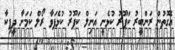
އެގޮތުން ރަންބީރު ކަޕޫރު ކުޅެނީ އަނިލް ކަޕޫރު ކުޅެފަވާ ރޯލް ކަމަށާ ދީޕިކާ